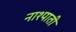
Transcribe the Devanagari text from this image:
नाश्पाती